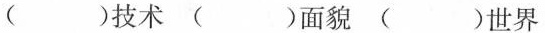
( )技术 ( )面貌 ( )世界